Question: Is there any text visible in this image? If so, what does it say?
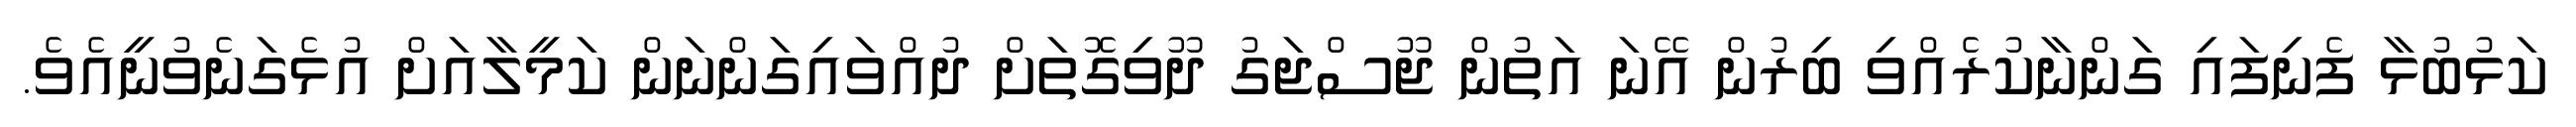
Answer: ކަޅުބުޅާ ފެނިފައި ގަންނާކުރެއްވި ބިރުން އޭނަ އަތުން ޖޫސްޖަގު ދޫވިގޮތަށް ދުއްވައިގަންނަން ކަމީލާއަށް އުޅެގަނެވުނީއެވެ.